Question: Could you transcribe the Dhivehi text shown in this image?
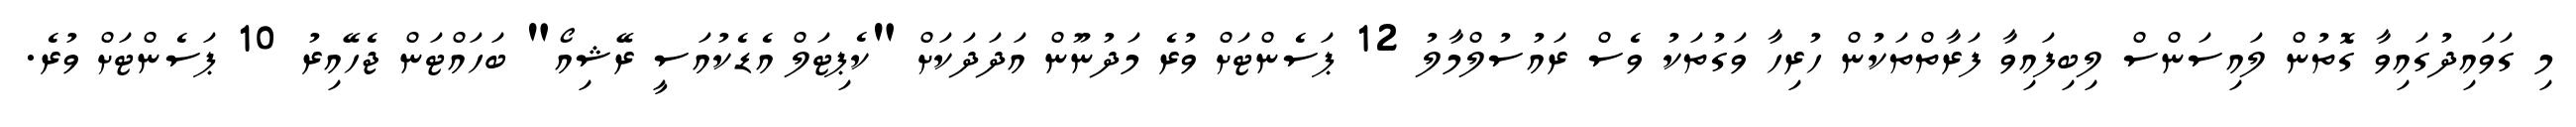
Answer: މި ގަވައިދުގައިވާ ގޮތުން ލައިސަންސް ލިބިފައިވާ ފަރާތްތަކުން ހުރިހާ ވަގުތަކު ވެސް ރައުސުލްމާލު 12 ޕަސެންޓަށް ވުރެ މަދުނޫން އަދަދަކަށް "ކެޕިޓަލް އެޑެކުއަސީ ރޭޝިއޯ" ބަހައްޓަން ޖެހޭއިރު 10 ޕަސެންޓަށް ވުރެ.